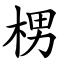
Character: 㭷